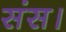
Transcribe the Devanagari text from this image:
संस।